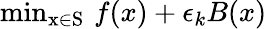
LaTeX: \mathrm{min_{x\in S}}\, \, f(x)+\epsilon_{k}B(x)